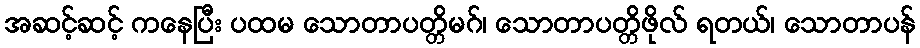
အဆင့်ဆင့် ကနေပြီး ပထမ သောတာပတ္တိမဂ်၊ သောတာပတ္တိဖိုလ် ရတယ်၊ သောတာပန်